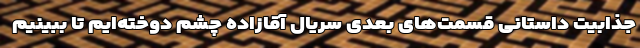
جذابیت داستانی قسمت‌های بعدی سریال آقازاده چشم دوخته‌ایم تا ببینیم